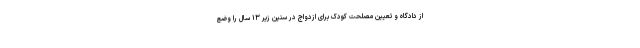
از دادگاه و تعیین مصلحت کودک برای ازدواج در سنین زیر ۱۳ سال را وضع